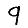
Digit: 9